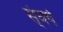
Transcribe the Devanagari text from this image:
स्ंघर्ष